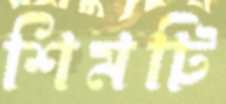
শিমটি